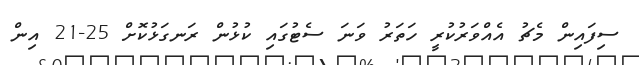
ސިފައިން މެޗު އެއްވަރުކުރީ ހަތަރު ވަނަ ސެޓުގައި ކުޅުން ރަނގަޅުކޮށް 25-21 އިން